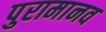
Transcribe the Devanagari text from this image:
पुरामानव